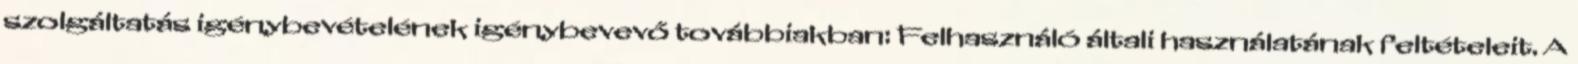
szolgáltatás igénybevételének igénybevevő továbbiakban: Felhasználó általi használatának feltételeit. A